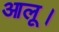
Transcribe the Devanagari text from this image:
आलू।